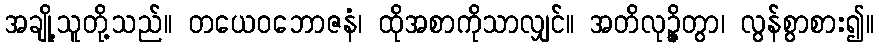
အချို့သူတို့သည်။ တယေဝဘောဇနံ၊ ထိုအစာကိုသာလျှင်။ အတိလုဉ္ဇိတွာ၊ လွန်စွာစား၍။